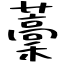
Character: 藳